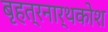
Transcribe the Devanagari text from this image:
बृहत्रनार्थकोश